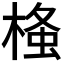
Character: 𭫂